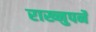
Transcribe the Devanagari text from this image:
राख्नुपर्ने